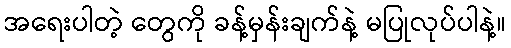
အရေးပါတဲ့ တွေကို ခန့်မှန်းချက်နဲ့ မပြုလုပ်ပါနဲ့။